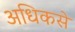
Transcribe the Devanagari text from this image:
अधिकसे